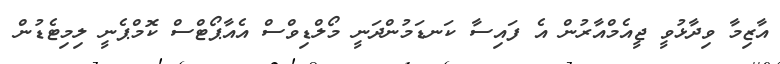
އާޒިމާ ވިދާޅުވީ ޖީއެމްއާރުން އެ ފައިސާ ކަނޑަމުންދަނީ މޯލްޑިވްސް އެއާޕޯޓްސް ކޮމްޕެނީ ލިމިޓެޑުން